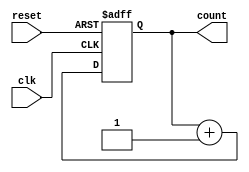
module async_counter (
    input wire clk,        // Clock input
    input wire reset,      // Asynchronous reset input
    output reg [n-1:0] count // Counter output
);
    parameter n = 3; // Number of flip-flops (bits in the counter)

    // Always block for the counter operation
    always @(posedge clk or posedge reset) begin
        if (reset) begin
            count <= 0; // Reset the counter to 0
        end else begin
            count <= count + 1; // Increment the counter
        end
    end
endmodule